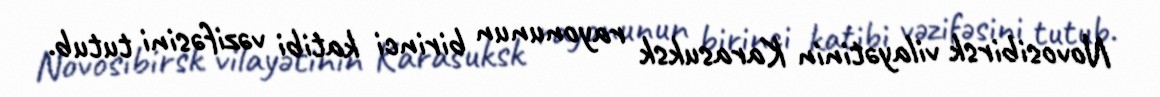
Novosibirsk vilayətinin Karasuksk rayonunun birinci katibi vəzifəsini tutub.